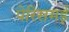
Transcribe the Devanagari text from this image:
पेरिसमई